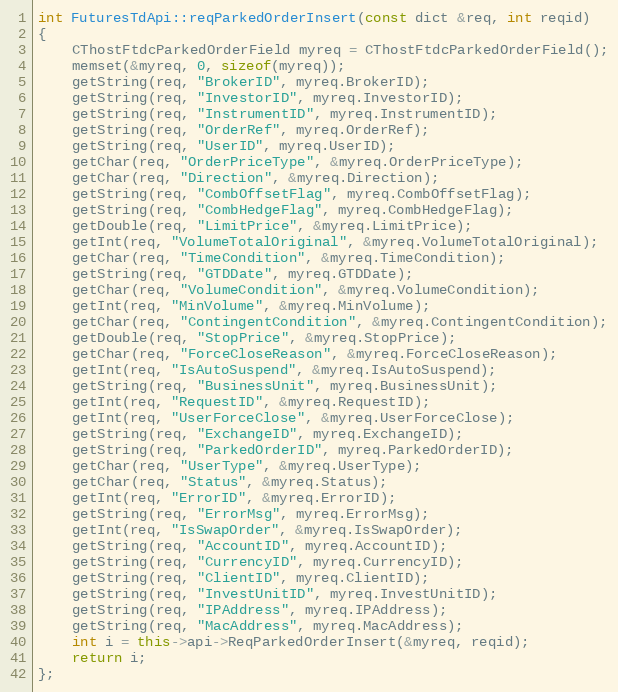
Language: C++
int FuturesTdApi::reqParkedOrderInsert(const dict &req, int reqid)
{
	CThostFtdcParkedOrderField myreq = CThostFtdcParkedOrderField();
	memset(&myreq, 0, sizeof(myreq));
	getString(req, "BrokerID", myreq.BrokerID);
	getString(req, "InvestorID", myreq.InvestorID);
	getString(req, "InstrumentID", myreq.InstrumentID);
	getString(req, "OrderRef", myreq.OrderRef);
	getString(req, "UserID", myreq.UserID);
	getChar(req, "OrderPriceType", &myreq.OrderPriceType);
	getChar(req, "Direction", &myreq.Direction);
	getString(req, "CombOffsetFlag", myreq.CombOffsetFlag);
	getString(req, "CombHedgeFlag", myreq.CombHedgeFlag);
	getDouble(req, "LimitPrice", &myreq.LimitPrice);
	getInt(req, "VolumeTotalOriginal", &myreq.VolumeTotalOriginal);
	getChar(req, "TimeCondition", &myreq.TimeCondition);
	getString(req, "GTDDate", myreq.GTDDate);
	getChar(req, "VolumeCondition", &myreq.VolumeCondition);
	getInt(req, "MinVolume", &myreq.MinVolume);
	getChar(req, "ContingentCondition", &myreq.ContingentCondition);
	getDouble(req, "StopPrice", &myreq.StopPrice);
	getChar(req, "ForceCloseReason", &myreq.ForceCloseReason);
	getInt(req, "IsAutoSuspend", &myreq.IsAutoSuspend);
	getString(req, "BusinessUnit", myreq.BusinessUnit);
	getInt(req, "RequestID", &myreq.RequestID);
	getInt(req, "UserForceClose", &myreq.UserForceClose);
	getString(req, "ExchangeID", myreq.ExchangeID);
	getString(req, "ParkedOrderID", myreq.ParkedOrderID);
	getChar(req, "UserType", &myreq.UserType);
	getChar(req, "Status", &myreq.Status);
	getInt(req, "ErrorID", &myreq.ErrorID);
	getString(req, "ErrorMsg", myreq.ErrorMsg);
	getInt(req, "IsSwapOrder", &myreq.IsSwapOrder);
	getString(req, "AccountID", myreq.AccountID);
	getString(req, "CurrencyID", myreq.CurrencyID);
	getString(req, "ClientID", myreq.ClientID);
	getString(req, "InvestUnitID", myreq.InvestUnitID);
	getString(req, "IPAddress", myreq.IPAddress);
	getString(req, "MacAddress", myreq.MacAddress);
	int i = this->api->ReqParkedOrderInsert(&myreq, reqid);
	return i;
};